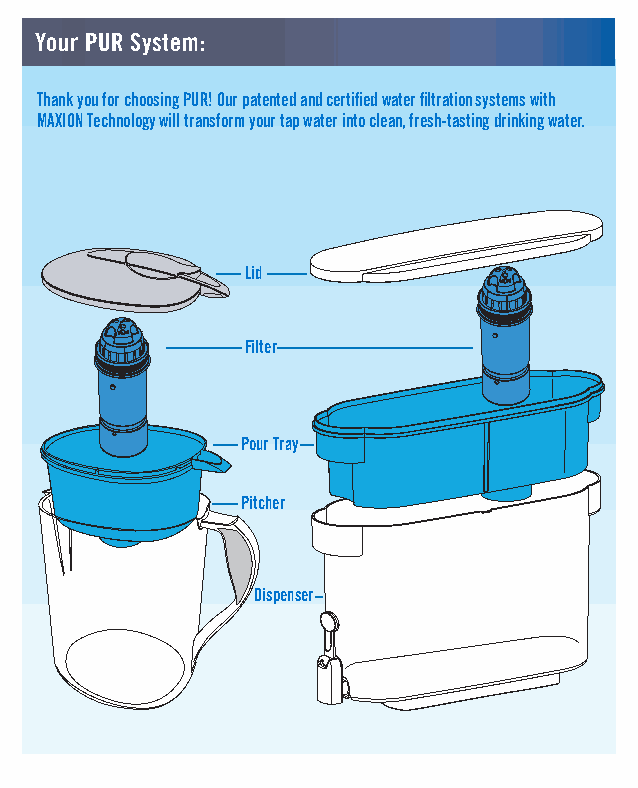
Your PUR System:
 Thank you for choosing PUR! Our patented and certified water filtration systems with
 MAXION Technology will transform your tap water into clean, fresh-tasting drinking water.
 Lid
 Filter
 Pour Tray
 Pitcher
 Dispenser